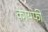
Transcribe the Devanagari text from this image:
कायफी